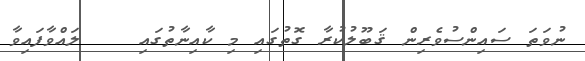
ނުވަތަ ސައިންސުވެރިން ޤަބޫލުކުރާ ގޮތުގައި މި ކާއިނާތުގައި    ލައްވާފައިވާ